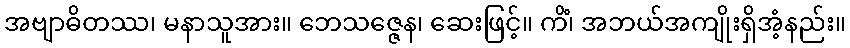
အဗျာဓိတဿ၊ မနာသူအား။ ဘေသဇ္ဇေန၊ ဆေးဖြင့်။ ကိံ၊ အဘယ်အကျိုးရှိအံ့နည်း။